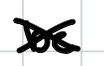
Text: be
Cross-out: cross
Writing tool: digital_black